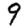
Digit: 9